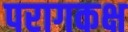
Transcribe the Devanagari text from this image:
परागकक्ष